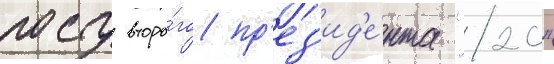
посту второ́го пр'ез'ид'е́нта "20"